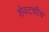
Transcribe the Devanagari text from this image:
शेवटचीच